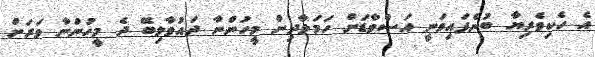
އެ ހެކިވެރިޔާ ބުނެފައިވަނީ އަސްވާޑަށް ހަމަލާދިން މީހުންނާ ދައުވާލިބޭ ދެ މީހުންނާ ވަރަށް